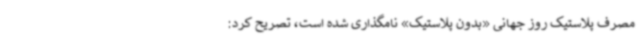
مصرف پلاستیک روز جهانی «بدون پلاستیک» نامگذاری شده است، تصریح کرد: